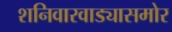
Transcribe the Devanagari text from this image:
शनिवारवाड्यासमोर